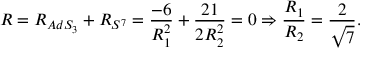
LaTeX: R = R _ { A d S _ { 3 } } + R _ { S ^ { 7 } } = { \frac { - 6 } { R _ { 1 } ^ { 2 } } } + { \frac { 2 1 } { 2 R _ { 2 } ^ { 2 } } } = 0 \Rightarrow { \frac { R _ { 1 } } { R _ { 2 } } } = { \frac { 2 } { \sqrt { 7 } } } .